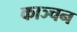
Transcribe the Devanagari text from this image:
काञ्चन